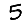
Digit: 5